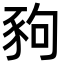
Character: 豞